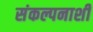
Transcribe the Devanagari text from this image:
संकल्पनाशी